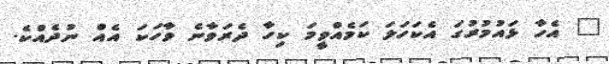
" އެހާ ޅައުމުރުގަ އެކަހަލަ ކަމެއްވީމަ ކިހާ ދެރަވާނެ ވާހަކަ އެއް ނުދެއްކެ.